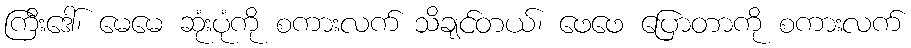
ကြီးဒေါ်၊ မေမေ ဆုံးပုံကို စကားလက် သိချင်တယ်၊ ဖေဖေ ပြောတာကို စကားလက်